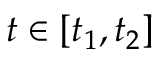
t \in [ t _ { 1 } , t _ { 2 } ]